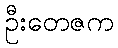
ဦးတေဇက